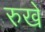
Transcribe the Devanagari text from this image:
रुखे